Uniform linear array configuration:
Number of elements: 24
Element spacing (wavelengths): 0.5
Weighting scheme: binomial
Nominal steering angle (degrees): -60
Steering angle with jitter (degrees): -58.663
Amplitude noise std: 0.05
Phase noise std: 0.05

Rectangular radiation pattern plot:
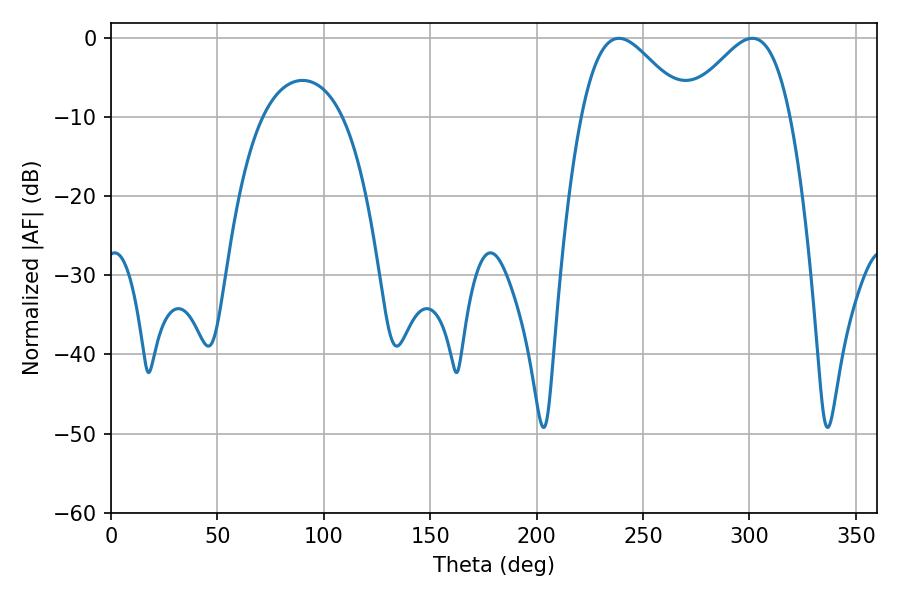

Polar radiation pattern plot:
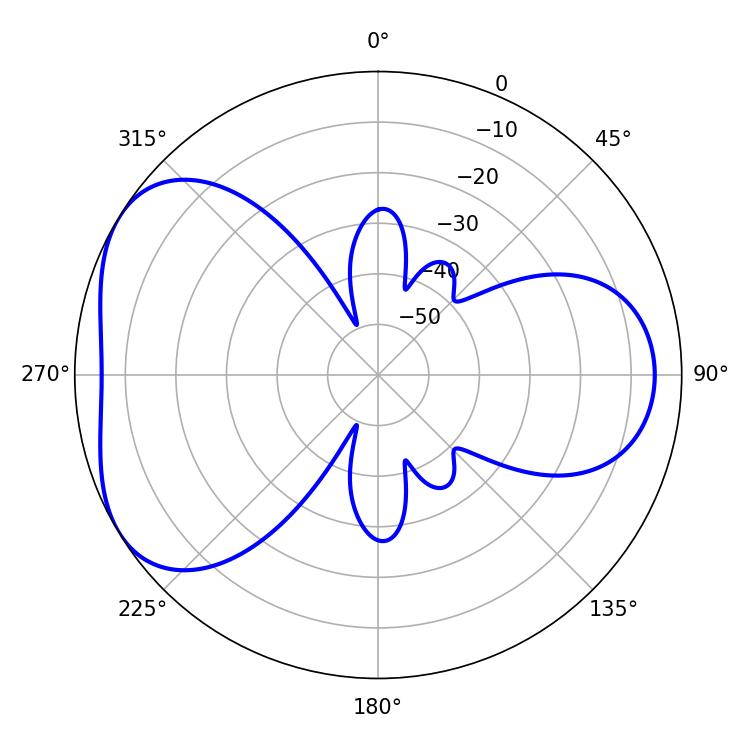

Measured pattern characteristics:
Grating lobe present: FALSE
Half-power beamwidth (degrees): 26.28
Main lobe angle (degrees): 238.68